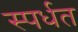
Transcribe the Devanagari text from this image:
स्पर्धत